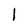
Character: 1